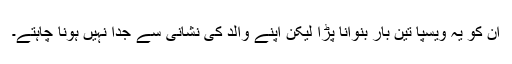
ان کو یہ ویسپا تین بار بنوانا پڑا لیکن اپنے والد کی نشانی سے جدا نہیں ہونا چاہتے۔